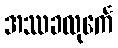
အဿခလုင်္ကေ